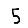
Digit: 5